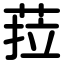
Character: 菈